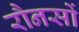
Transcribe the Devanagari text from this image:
रौनसों